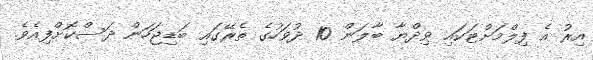
އިރު އެ ފިލްމަށްޓަކައި ވިދްޔާ ބާލަން 10 ދުވަހުގެ ތެރޭގައި ބަޑިޖަހަން ދަސްކޮށްފިއެވެ.